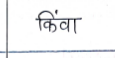
मजकूर: किंवा